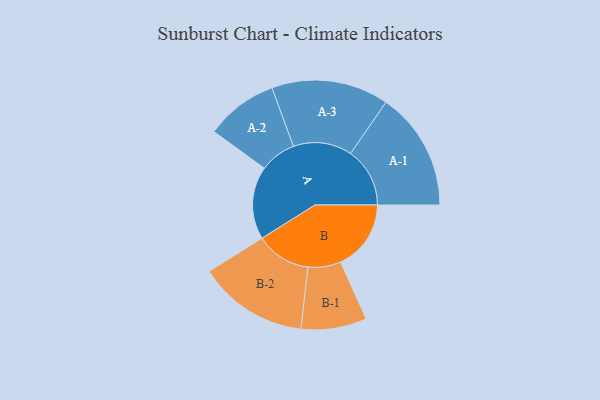
{"axis": {"x": "Segment", "y": "Value"}, "legend": ["", "A", "B"], "data": [{"x": "A", "y": 366, "type": ""}, {"x": "B", "y": 354, "type": ""}, {"x": "A-1", "y": 298, "type": "A"}, {"x": "A-2", "y": 182, "type": "A"}, {"x": "A-3", "y": 295, "type": "A"}, {"x": "B-1", "y": 165, "type": "B"}, {"x": "B-2", "y": 277, "type": "B"}]}